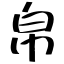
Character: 帛